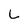
Character: L